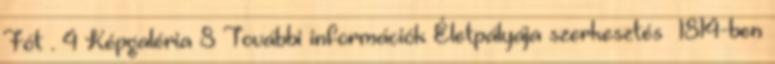
Fót . 4 Képgaléria 8 További információk Életpályája szerkesztés 1814-ben